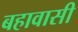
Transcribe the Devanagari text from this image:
बहावासी